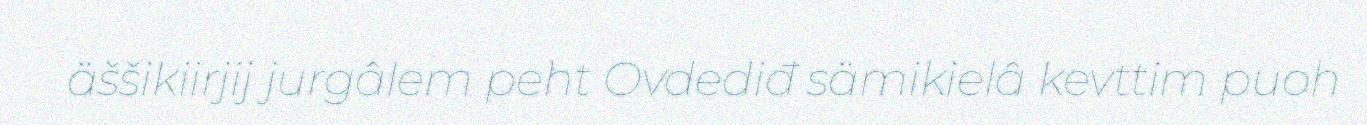
äššikiirjij jurgâlem peht Ovdediđ sämikielâ kevttim puoh